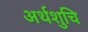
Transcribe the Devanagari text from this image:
अर्थशुचि